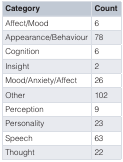
| Category | Count |
 | --- | --- |
 | Affect/Mood | 6 |
 | Appearance/Behaviour | 78 |
 | Cognition | 6 |
 | Insight | 2 |
 | Mood/Anxiety/Affect | 26 |
 | Other | 102 |
 | Perception | 9 |
 | Personality | 23 |
 | Speech | 63 |
 | Thought | 22 |